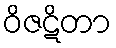
ဝိဇဋိတာ